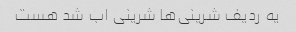
یه ردیف شرینی‌ها شرینی اب شد هست